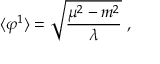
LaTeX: \langle \varphi ^ { 1 } \rangle = \sqrt { \frac { \mu ^ { 2 } - m ^ { 2 } } { \lambda } } \ ,